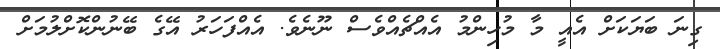
ގިނަ ބަޔަކަށް އެއީ މާ މުހިންމު އެއްޗެއްވެސް ނޫނެވެ. އެއްފަހަރު އޭގެ ބޭނުންކޮށްލުމަށް